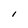
Character: I